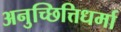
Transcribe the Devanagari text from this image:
अनुच्छित्तिधर्मा